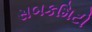
સબકમિટી